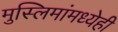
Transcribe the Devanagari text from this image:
मुस्लिमांमध्येही